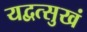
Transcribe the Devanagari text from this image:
यद्वत्सुखं